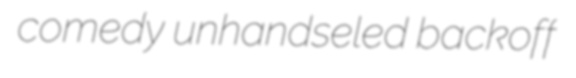
comedy unhandseled backoff